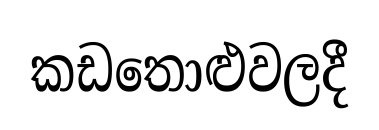
කඩතොළුවලදී